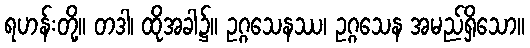
ရဟန်းတို့။ တဒါ၊ ထိုအခါ၌။ ဥဂ္ဂသေနဿ၊ ဥဂ္ဂသေန အမည်ရှိသော။